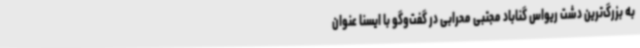
به بزرگ‌ترین دشت ریواس گناباد مجتبی محرابی در گفت‌وگو با ایسنا عنوان‌